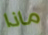
ماذا